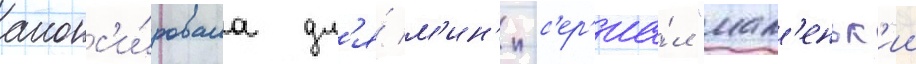
анонс'и́ровала дл'я́ м'ин'и-с'ер'иа́л "мал'еньк'ии